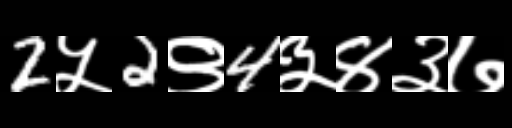
Text: 2५2९4३४३७